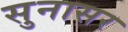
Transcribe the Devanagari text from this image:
सुनासर